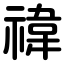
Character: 禕